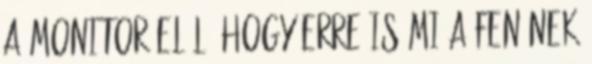
a monitor elől, hogy erre is mi a fenének